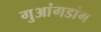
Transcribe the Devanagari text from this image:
गुआंगडांग